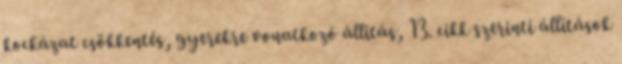
kockázat csökkentés, gyerekre vonatkozó állítás, 13. cikk szerinti állítások